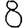
Digit: 8